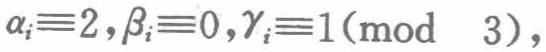
\(\alpha_{i}\equiv2,\beta_{i}\equiv0,\gamma_{i}\equiv1(\text{mod } 3),\)